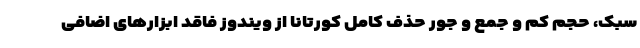
سبک، حجم کم و جمع و جور حذف کامل کورتانا از ویندوز فاقد ابزارهای اضافی